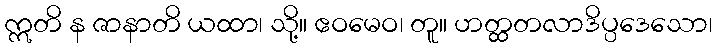
ဣတိ န ဇာနာတိ ယထာ၊ သို့။ ဧဝမေဝ၊ တူ။ ဟတ္ထတလာဒိပ္ပဒေသော၊